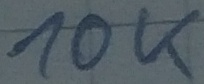
Text: 10K